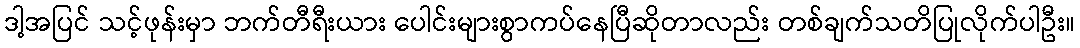
ဒါ့အပြင် သင့်ဖုန်းမှာ ဘက်တီရီးယား ပေါင်းများစွာကပ်နေပြီဆိုတာလည်း တစ်ချက်သတိပြုလိုက်ပါဦး။